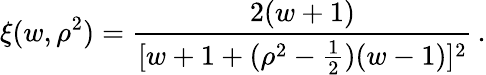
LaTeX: \xi(w,\rho^{2})=\frac{2(w+1)}{[w+1+(\rho^{2}-\frac{1}{2})(w-1)]^{2}}\, .